Scientific memoirs by medical officers of the Army of India - Part V,
Year: 1890
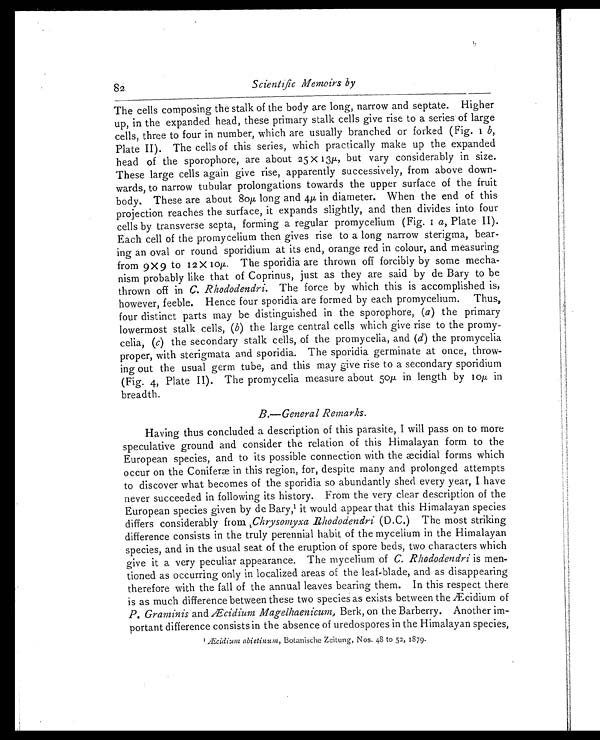
82
Scientific Memoirs by
The cells composing the stalk of the body are long, narrow and septate. Higher
up, in the expanded head, these primary stalk cells give rise to a series of large
cells, three to four in number, which are usually branched or forked (Fig. 1 b ,
Plate II). The cells of this series, which practically make up the expanded
head of the sporophore, are about 25 x 13µ, but vary considerably in size.
These large cells again give rise, apparently successively, from above down
-wards, to narrow tubular prolongations towards the upper surface of the fruit
body. These are about 80µ long and 4µ in diameter. When the end of this
projection reaches the surface, it expands slightly, and then divides into four
cells by transverse septa, forming a regular promycelium (Fig. 1a ,
P l a t e I I ) .
Each cell of the promycelium then gives rise to a long narrow sterigma, bear
-ing an oval or round sporidium at its end, orange red in colour, and measuring
from 9 x 9 to 12 x 10µ. The sporidia are thrown off forcibly by some mecha
-nism probably like that of Coprinus, just as they are said by de Bary to be
thrown off in C. Rhododendri. The force by which this is accomplished is,
however, feeble. Hence four sporidia are formed by each promycelium. Thus,
four distinct parts may be distinguished in the sporophore, ( a ) the primary
lowermost stalk cells, (b) the large central cells which give rise to the promy
-celia, (c) the secondary stalk cells, of the promycelia, and ( d) the promycelia
proper, with sterigmata and sporidia. The sporidia germinate at once, throw
-ing out the usual germ tube, and this may give rise to a secondary sporidium
(Fig. 4, Plate II). The promycelia measure about 50µ in length by 10µ in
breadth.
B.—General Remarks.
Having thus concluded a description of this parasite, I will pass on to more
speculative ground and consider the relation of this Himalayan form to the
European species, and to its possible connection with the æcidial forms which
occur on the Coniferæ in this region, for, despite many and prolonged attempts
to discover what becomes of the sporidia so abundantly shed every year, I have
never succeeded in following its history. From the very clear description of the
European species given by de Bary, 1 i t w o u l d a p p e a r t h a t t h i s H i m a l a y a n s p e c i e s
differs considerably from Chrysomyxa Rhododendri (D.C.) The most striking
difference consists in the truly perennial habit of the mycelium in the Himalayan
species, and in the usual seat of the eruption of spore beds, two characters which
give it a very peculiar appearance. The mycelium of C. Rhododendri is men
-tioned as occurring only in localized areas of the leaf-blade, and as disappearing
therefore with the fall of the annual leaves bearing them. In this respect there
is as much difference between these two species as exists between the Æcidium of
P. Graminis and Æcidium Magelhaenicum, Berk, on the Barberry. Another im
-portant difference consists in the absence of uredospores in the Himalayan species,
1 Æ c i d i u m a b i e t i n u m ,
B o t a n i s c h e Z e i t u n g , N o s . 4 8 t o 5 2 , 1 8 7 9 .